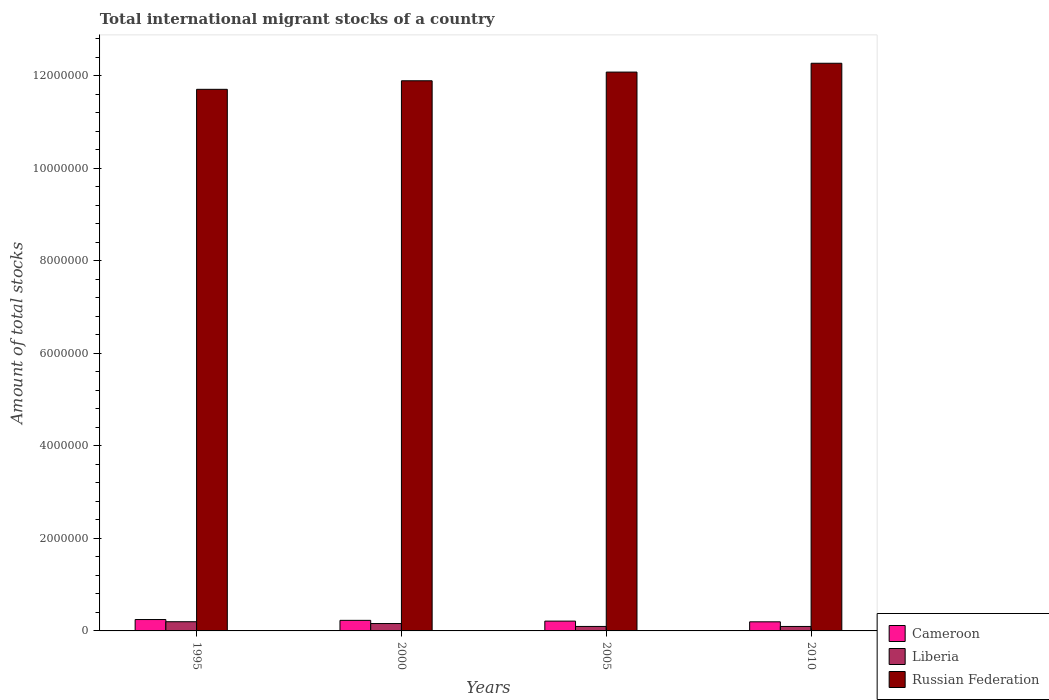
| Years | Cameroon | Liberia | Russian Federation |
 | --- | --- | --- | --- |
 | 1995 | 2.46e+05 | 1.99e+05 | 1.17e+07 |
 | 2000 | 2.28e+05 | 1.6e+05 | 1.19e+07 |
 | 2005 | 2.12e+05 | 9.68e+04 | 1.21e+07 |
 | 2010 | 1.97e+05 | 9.63e+04 | 1.23e+07 |